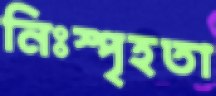
নিঃস্পৃহতা